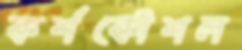
কর্শকৌশল